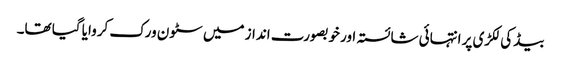
بیڈ کی لکڑی پر انتہائی شائستہ اور خوبصورت انداز میں سٹون ورک کروایا گیا تھا۔